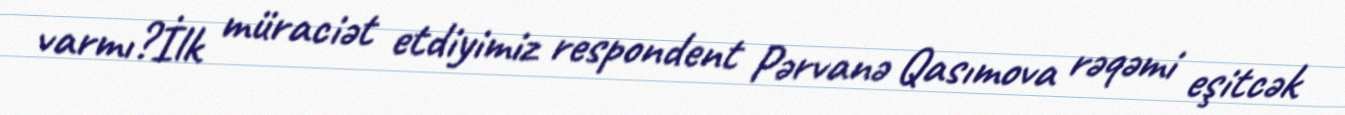
varmı?İlk müraciət etdiyimiz respondent Pərvanə Qasımova rəqəmi eşitcək